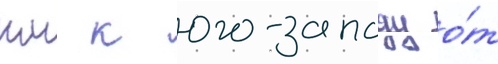
км к юго-западу о́т